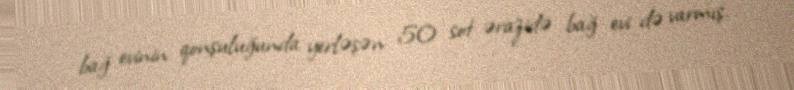
bağ evinin qonşuluğunda yerləşən 50 sot ərazidə bağ evi də varmış.